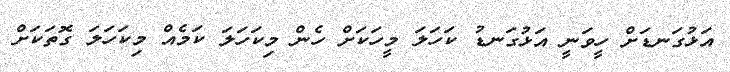
އަޅުގަނޑަށް ހީވަނީ އަޅުގަނޑު ކަހަލަ މީހަކަށް ހެން މިކަހަލަ ކަމެއް މިކަހަލަ ގޮތަކަށް